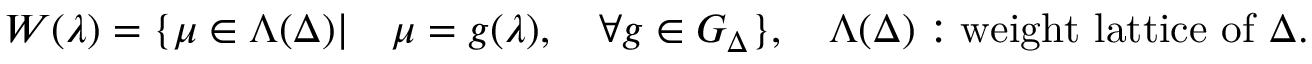
W ( { \lambda } ) = \{ \mu \in \Lambda ( \Delta ) | \quad \mu = g ( \lambda ) , \quad \forall g \in G _ { \Delta } \} , \quad \Lambda ( \Delta ) : \mathrm { w e i g h t ~ l a t t i c e ~ o f } \ \Delta .